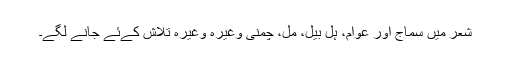
شعر میں سماج اور عوام، ہل بیل، مل، چمنی وغیرہ وغیرہ تلاش کےئے جانے لگے۔